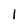
Character: 1